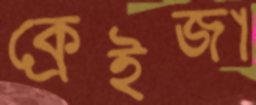
ক্রেইজা